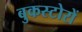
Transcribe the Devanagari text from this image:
बुकस्टोरों